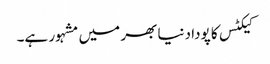
کیکٹس کا پودا دنیا بھر میں مشہور ہے۔